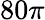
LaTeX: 80\pi